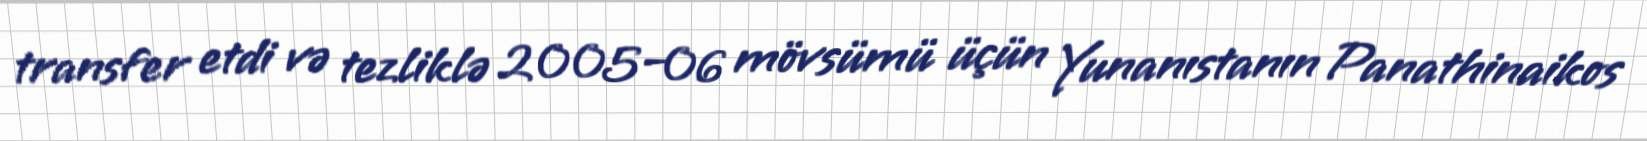
transfer etdi və tezliklə 2005–06 mövsümü üçün Yunanıstanın Panathinaikos